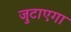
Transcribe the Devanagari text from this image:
जुटाएगा